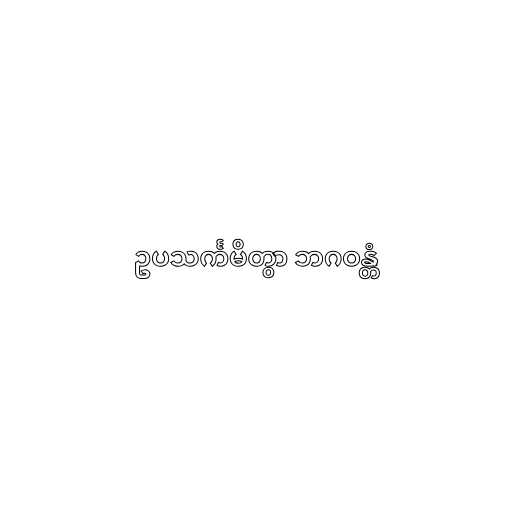
ဥပသင်္ကမိတွာ ဘဂဝန္တံ